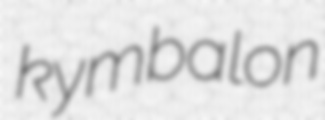
kymbalon